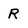
Character: R